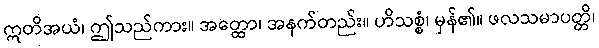
ဣတိအယံ၊ ဤသည်ကား။ အတ္ထော၊ အနက်တည်း။ ဟိသစ္စံ၊ မှန်၏။ ဖလသမာပတ္တိ၊